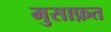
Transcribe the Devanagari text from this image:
मुसाफ़त